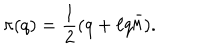
\pi ( q ) = { \frac { 1 } { 2 } } ( q + \ell q \bar { \ell } ) .